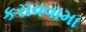
કરાવવામા